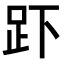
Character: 𮛃